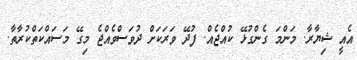
އެއީ ޝިޔާރާ. މަންމަ ގެންގުޅޭ ކުއްޖެއް. ފުދޭ ވަރަކަށް ދުވަސްވެއްޖެ މިގޭ މަސައްކަތްކުރާތާ.